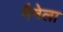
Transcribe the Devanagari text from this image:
मैनेला